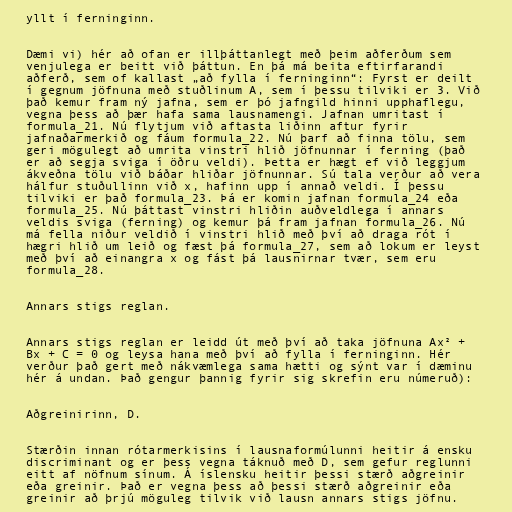
yllt í ferninginn.

Dæmi vi) hér að ofan er illþáttanlegt með þeim aðferðum sem
venjulega er beitt við þáttun. En þá má beita eftirfarandi
aðferð, sem of kallast „að fylla í ferninginn“: Fyrst er deilt
í gegnum jöfnuna með stuðlinum A, sem í þessu tilviki er 3. Við
það kemur fram ný jafna, sem er þó jafngild hinni upphaflegu,
vegna þess að þær hafa sama lausnamengi. Jafnan umritast í
formula_21. Nú flytjum við aftasta liðinn aftur fyrir
jafnaðarmerkið og fáum formula_22. Nú þarf að finna tölu, sem
geri mögulegt að umrita vinstri hlið jöfnunnar í ferning (það
er að segja sviga í öðru veldi). Þetta er hægt ef við leggjum
ákveðna tölu við báðar hliðar jöfnunnar. Sú tala verður að vera
hálfur stuðullinn við x, hafinn upp í annað veldi. Í þessu
tilviki er það formula_23. Þá er komin jafnan formula_24 eða
formula_25. Nú þáttast vinstri hliðin auðveldlega í annars
veldis sviga (ferning) og kemur þá fram jafnan formula_26. Nú
má fella niður veldið í vinstri hlið með því að draga rót í
hægri hlið um leið og fæst þá formula_27, sem að lokum er leyst
með því að einangra x og fást þá lausnirnar tvær, sem eru
formula_28.

Annars stigs reglan.

Annars stigs reglan er leidd út með því að taka jöfnuna Ax² +
Bx + C = 0 og leysa hana með því að fylla í ferninginn. Hér
verður það gert með nákvæmlega sama hætti og sýnt var í dæminu
hér á undan. Það gengur þannig fyrir sig skrefin eru númeruð):

Aðgreinirinn, D.

Stærðin innan rótarmerkisins í lausnaformúlunni heitir á ensku
discriminant og er þess vegna táknuð með D, sem gefur reglunni
eitt af nöfnum sínum. Á íslensku heitir þessi stærð aðgreinir
eða greinir. Það er vegna þess að þessi stærð aðgreinir eða
greinir að þrjú möguleg tilvik við lausn annars stigs jöfnu.